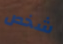
شخص